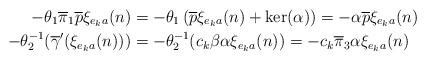
LaTeX: \begin{align*}-\theta_{1} \overline{\pi}_{1} \overline{p} \xi_{e_{k}a}(n) &= -\theta_{1}\left(\overline{p}\xi_{e_{k}a}(n)+\operatorname{ker}(\alpha)\right)=-\alpha \overline{p} \xi_{e_{k}a}(n) \\-\theta_{2}^{-1}(\overline{\gamma}'(\xi_{e_{k}a}(n)))&=-\theta_{2}^{-1}(c_{k}\beta \alpha \xi_{e_{k}a}(n))=-c_{k}\overline{\pi}_{3} \alpha \xi_{e_{k}a}(n)\end{align*}